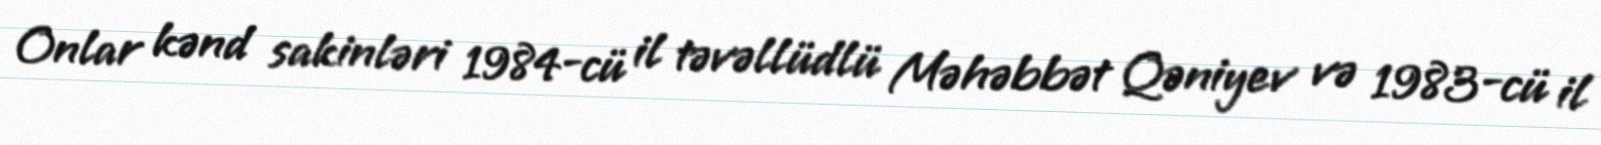
Onlar kənd sakinləri 1984-cü il təvəllüdlü Məhəbbət Qəniyev və 1983-cü il